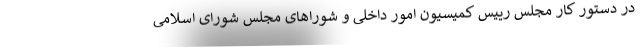
در دستور کار مجلس رییس کمیسیون امور داخلی و شوراهای مجلس شورای اسلامی